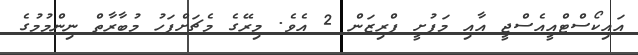
އައިކޯސްޓްއީއެސްޖީ އާއި މަފުށީ ޕްރިޒަން 2 އެވެ. މިރޭގެ މެޗަށްފަހު މުބާރާތް ނިންމުމުގެ